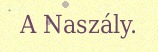
A Naszály.